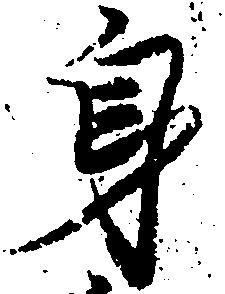
身